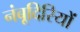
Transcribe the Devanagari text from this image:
नंबूदिरियों